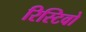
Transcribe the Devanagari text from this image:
रिस्टिवो